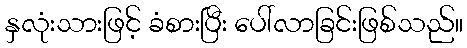
နှလုံးသားဖြင့် ခံစားပြီး ပေါ်လာခြင်းဖြစ်သည်။